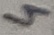
Text: 4